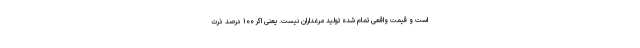
است و قیمت واقعی تمام شده تولید مرغداران نیست. یعنی اگر ۱۰۰ درصد ذرت